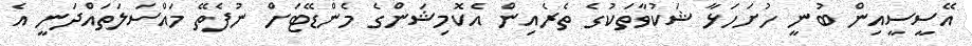
އޭސީސީއިން ބުނީ ހުށަހަޅާ ޝަކުވާތަކުގެ ތެރެއިން އެކޮމިޝަންގެ މެންޑޭޓަށް ނުފެތޭ މައްސަލަތައްދަނީ އެ